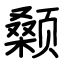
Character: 颡